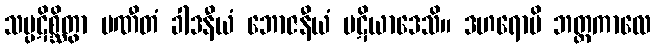
သမ္ပဋိစ္ဆိတွာ ပဏီတံ ခါဒနီယံ ဘောဇနီယံ ပဋိယာဒေသိ။ ဒဟရောပိ ဘတ္တကာလေ